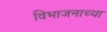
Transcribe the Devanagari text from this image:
विभाजनाच्या